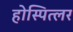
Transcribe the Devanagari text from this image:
होस्पित्लर